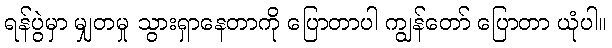
ရန်ပွဲမှာ မျှတမှု သွားရှာနေတာကို ပြောတာပါ ကျွန်တော် ပြောတာ ယုံပါ။